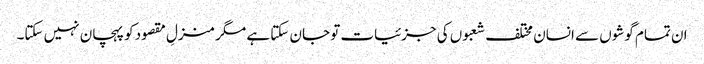
ان تمام گوشوں سے انسان مختلف شعبوں کی جزئیات تو جان سکتا ہے مگر منزلِ مقصود کو پہچان نہیں سکتا۔